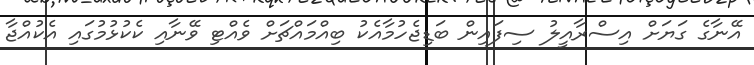
އޭނާގެ ގަޔަށް އިސްރާއީލު ސިފައިން ބަޑިޖެހުމާއެކު ބިއްމައްޗަށް ވެއްޓި ވޭނާއި ކެކުޅުމުގައި އެކުއްޖާ